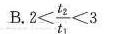
B.$$2 < \frac { t _ { 2 } } { t _ { 1 } } < 3$$